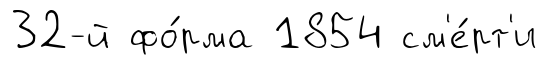
32-й фо́рма 1854 см'е́рт'и